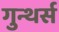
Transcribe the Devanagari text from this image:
गुन्थर्स